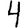
Digit: 4